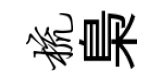
梳梟